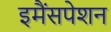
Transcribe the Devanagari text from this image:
इमैंसपेशन